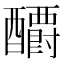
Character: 𰼕